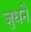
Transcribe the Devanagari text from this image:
जुधने